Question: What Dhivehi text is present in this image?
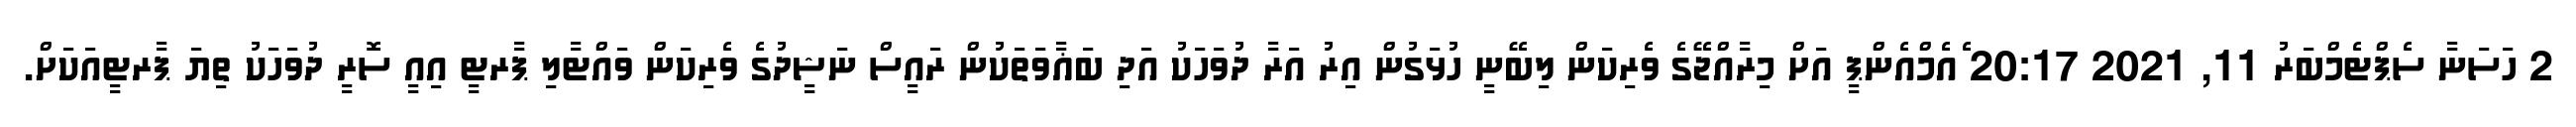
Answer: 2 ހަސަނާ ސެޕްޓެމްބަރު 11, 2021 20:17 ެއެމްއެންޕީ އަށް މިރާއްޖޭގެ ވެރިކަން ލިބޭނީ ހުޅަގުން އިރު އަރާ ދުވަހަކު އަދި ބަޣާވަތަކުން ރައީސް ނަޝީދުގެ ވެރިކަން ވައްޓާލި ޕާރޓީ އިއީ ސޮރީ ދުވަހަކު ތިޔަ ޕާރޓީއަކަށް.